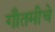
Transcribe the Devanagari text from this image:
गौतमीचे